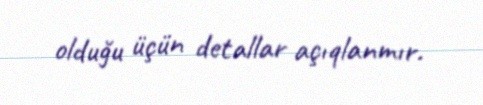
olduğu üçün detallar açıqlanmır.